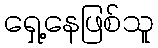
ရှေ့နေဖြစ်သူ